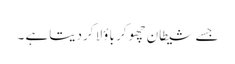
جسے شیطان چھوکر باؤلا کردیتاہے ۔